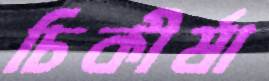
চিকীর্ষা